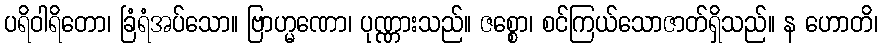
ပရိဝါရိတော၊ ခြံရံအပ်သော။ ဗြာဟ္မဏော၊ ပုဏ္ဏားသည်။ ဇစ္စော၊ စင်ကြယ်သောဇာတ်ရှိသည်။ န ဟောတိ၊